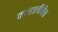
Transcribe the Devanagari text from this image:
कल्हालीतिल